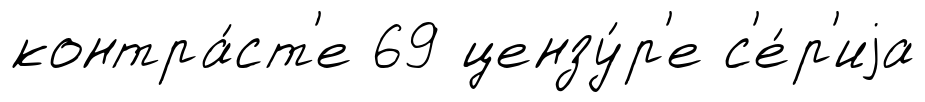
контра́ст'е 69 цензу́р'е с'е́р'иjа